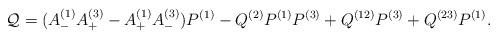
LaTeX: \begin{align*}\mathcal{Q}=(A_{-}^{(1)}A_{+}^{(3)}-A_{+}^{(1)}A_{-}^{(3)})P^{(1)}-Q^{(2)}P^{(1)}P^{(3)}+Q^{(12)}P^{(3)}+Q^{(23)}P^{(1)}.\end{align*}